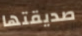
صديقتها